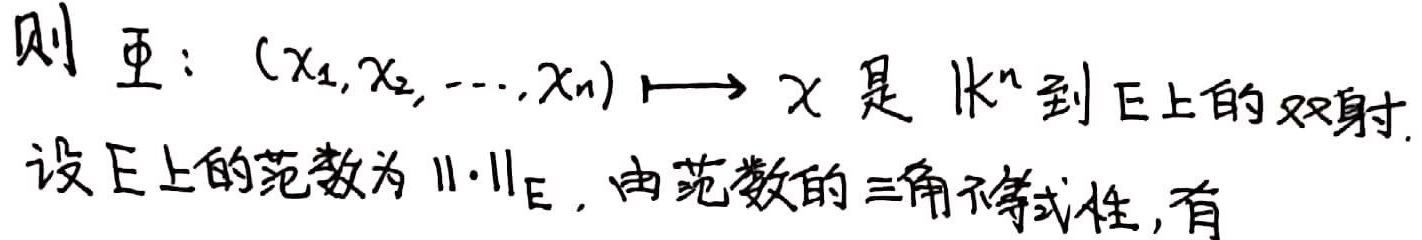
则 $\varPhi:(x_1,x_2,\cdots,x_n)\longmapsto x$ 是 $\mathbb{k}^n$ 到 $E$ 上的双射. 设 $E$ 上的范数为 $\|\cdot\|_E$, 由范数的三角不等式性, 有